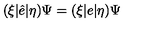
( \xi | \hat { e } | \eta ) \Psi = ( \xi | e | \eta ) \Psi